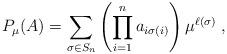
LaTeX: \begin{align*}P_\mu(A)=\sum_{\sigma\in S_n} \left(\prod_{i=1}^{n}a_{i\sigma(i)}\right)\mu^{\ell(\sigma)}\; ,\end{align*}